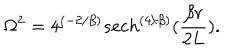
LaTeX: \Omega ^ { 2 } = 4 ^ { ( - 2 / \beta ) } s e c h ^ { \left( { 4 / \beta } \right) } ( { \frac { \beta r } { 2 L } } ) .